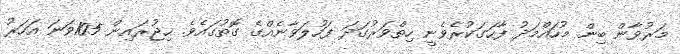
މަރުވާން ބިން މުހައްމަދު ފާހަގަކުރެވެނީ ހިތްވަރުގަދަ ފަހުލަވާނެއްގެ ގޮތުގައެވެ. ހިޖުރައިން 105ވަނަ އަހަރު